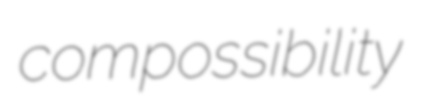
compossibility